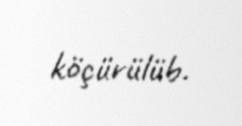
köçürülüb.